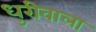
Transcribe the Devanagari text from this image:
धुरीवाला